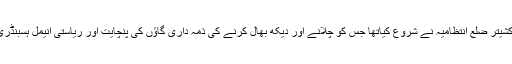
مذکورہ ماتھان گاؤ شالہ کو کروکشیتر ضلع انتظامیہ نے شروع کیاتھا جس کو چلانے اور دیکھ بھال کرنے کی ذمہ داری گاؤں کی پنچایت اور ریاستی انیمل ہسبنڈری محکمہ کے سپرد کی گئی ہے۔